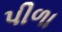
પીળા